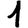
Digit: 1